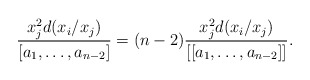
\begin{align*}\frac{x_j^2 d(x_i/x_j)}{[a_1,\ldots,a_{n-2}]}=(n-2)\frac{x_j^2 d(x_i/x_j)}{[[a_1,\ldots,a_{n-2}]]}.\end{align*}